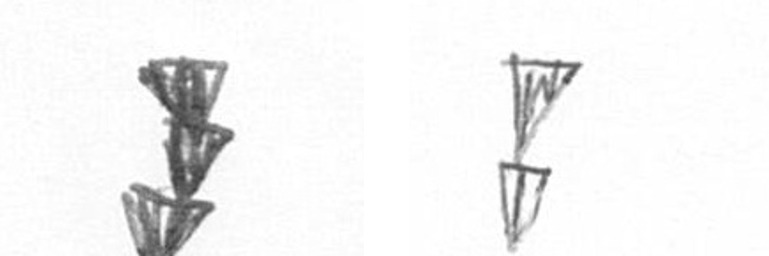
E Z